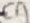
Text: C9